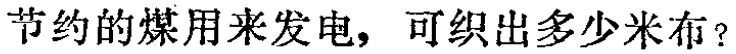
节约的煤用来发电，可织出多少米布？